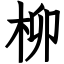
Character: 柳